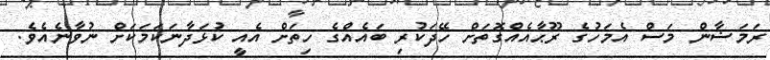
ރަމަޟާން މަސް އެމަހުގެ ރޫޙާއެއްގޮތަށް ހޭދަކުރި ބައެއްގެ ހިތަށް އެއީ ކުޅަދާނަކަމަކަށް ނުވާނެއެވެ.